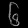
Digit: ၆